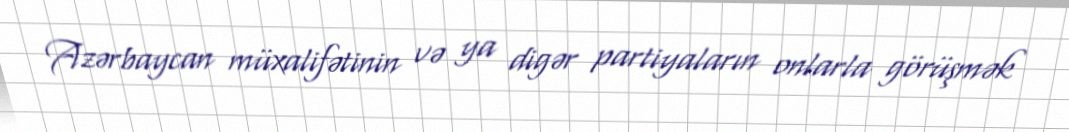
Azərbaycan müxalifətinin və ya digər partiyaların onlarla görüşmək